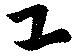
工